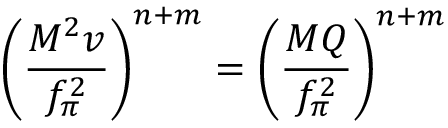
\left( \frac { M ^ { 2 } v } { f _ { \pi } ^ { 2 } } \right) ^ { n + m } = \left( \frac { M Q } { f _ { \pi } ^ { 2 } } \right) ^ { n + m }